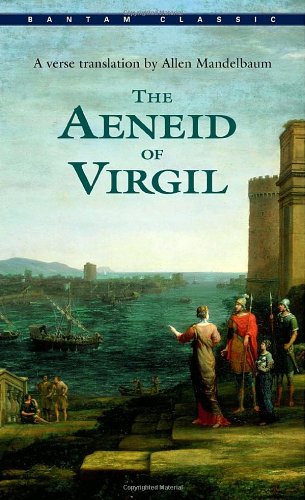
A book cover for The Aeneid of Virgil (Bantam Classics); Virgil; Literature & Fiction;